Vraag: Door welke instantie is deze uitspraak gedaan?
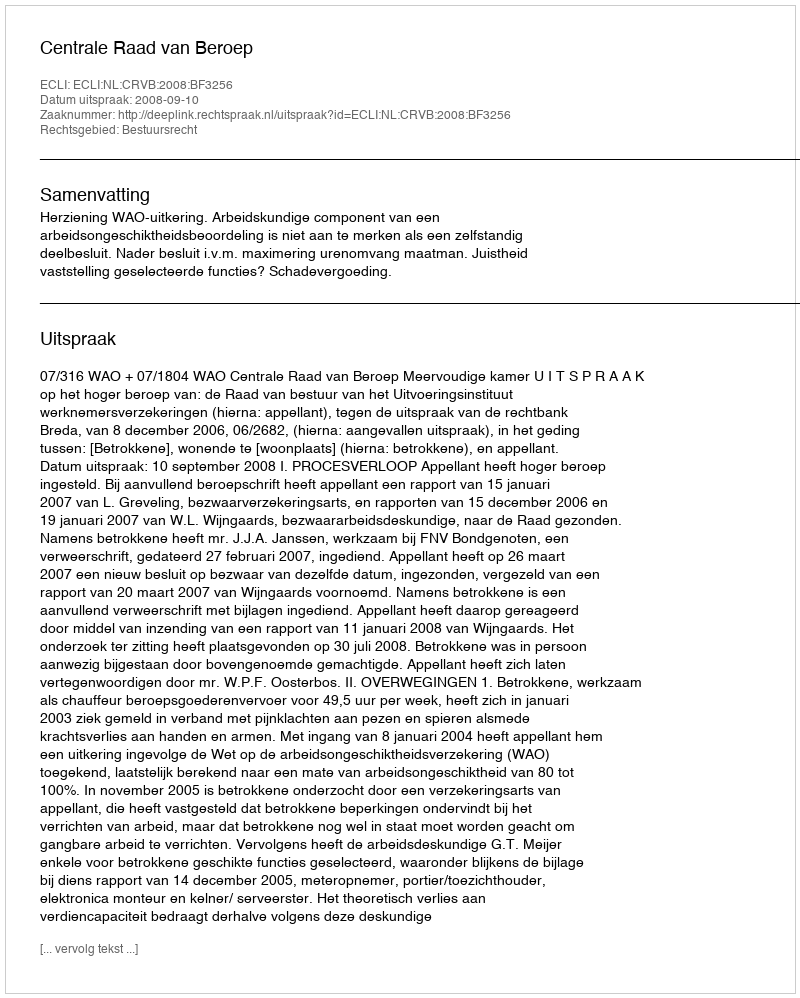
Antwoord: Centrale Raad van Beroep